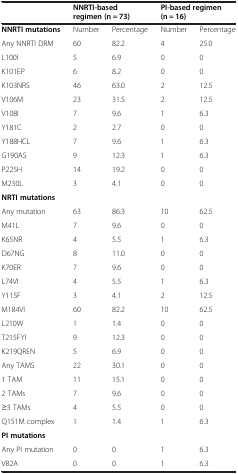
|  | <COLSPAN=2> NNRTI-based regimen (n = 73) | <COLSPAN=2> PI-based regimen (n = 16) |
 | --- | --- | --- | --- | --- |
 | NNRTI mutations | Number | Percentage | Number | Percentage |
 | Any NNRTI DRM | 60 | 82.2 | 4 | 25.0 |
 | L100I | 5 | 6.9 | 0 | 0 |
 | K101EP | 6 | 8.2 | 0 | 0 |
 | K103NRS | 46 | 63.0 | 2 | 12.5 |
 | V106M | 23 | 31.5 | 2 | 12.5 |
 | V108I | 7 | 9.6 | 1 | 6.3 |
 | Y181C | 2 | 2.7 | 0 | 0 |
 | Y188HCL | 7 | 9.6 | 1 | 6.3 |
 | G190AS | 9 | 12.3 | 1 | 6.3 |
 | P225H | 14 | 19.2 | 0 | 0 |
 | M230L | 3 | 4.1 | 0 | 0 |
 | NRTI mutations |  |  |  |  |
 | Any mutation | 63 | 86.3 | 10 | 62.5 |
 | M41L | 7 | 9.6 | 0 | 0 |
 | K65NR | 4 | 5.5 | 1 | 6.3 |
 | D67NG | 8 | 11.0 | 0 | 0 |
 | K70ER | 7 | 9.6 | 0 | 0 |
 | L74VI | 4 | 5.5 | 1 | 6.3 |
 | Y115F | 3 | 4.1 | 2 | 12.5 |
 | M184VI | 60 | 82.2 | 10 | 62.5 |
 | L210W | 1 | 1.4 | 0 | 0 |
 | T215FYI | 9 | 12.3 | 0 | 0 |
 | K219QREN | 5 | 6.9 | 0 | 0 |
 | Any TAMS | 22 | 30.1 | 0 | 0 |
 | 1 TAM | 11 | 15.1 | 0 | 0 |
 | 2 TAMs | 7 | 9.6 | 0 | 0 |
 | ≥3 TAMs | 4 | 5.5 | 0 | 0 |
 | Q151M complex | 1 | 1.4 | 1 | 6.3 |
 | PI mutations |  |  |  |  |
 | Any PI mutation | 0 | 0 | 1 | 6.3 |
 | V82A | 0 | 0 | 1 | 6.3 |